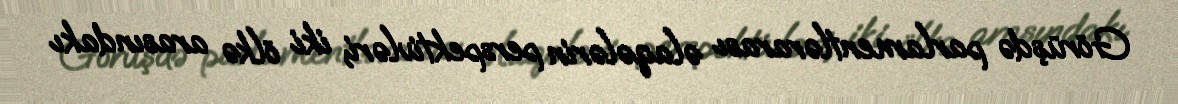
Görüşdə parlamentlərarası əlaqələrin perspektivləri, iki ölkə arasındakı